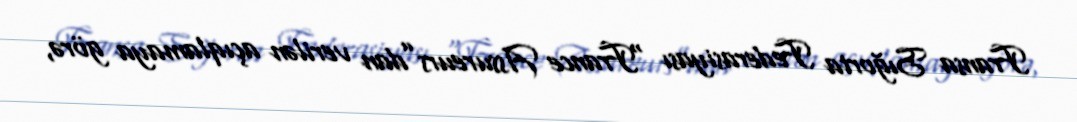
Fransa Sığorta Federasiyası “France Assureurs”dan verilən açıqlamaya görə,